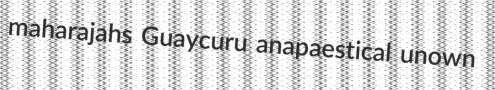
maharajahs Guaycuru anapaestical unown